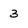
Character: 3